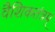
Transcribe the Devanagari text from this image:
वैशिकतंत्रम्